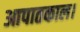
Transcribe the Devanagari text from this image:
आपातकाल।